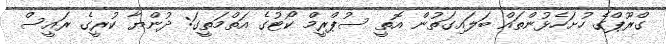
ގްރޫޕްގެ ހުށަހެޅުންތައް ބަލައިގަތުން އޮތީ ސުޕްރީމް ކޯޓުގެ އަތްމަތީގަ: ދުންޔާ ކުރީގެ ރައީސް